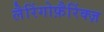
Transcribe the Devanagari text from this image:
लैरिंगोफ़ैरिंक्ज़